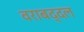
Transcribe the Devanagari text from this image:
वराबद्दल